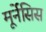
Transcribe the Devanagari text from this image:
मूर्नेंसिस